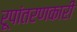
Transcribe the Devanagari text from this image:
रूपांतरणकारी